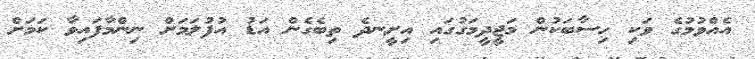
އެއްވުމުގެ ވަކި ހިސާބަކުން މަޖީދީމަގުގައި އިށީނދެ ތިބެގެން އަޑު އުފުލަމަށް ނިންމާފައިވާ ކަމަށް